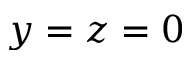
y = z = 0